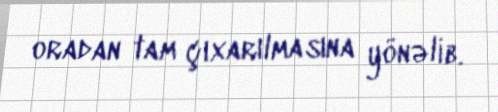
oradan tam çıxarılmasına yönəlib.